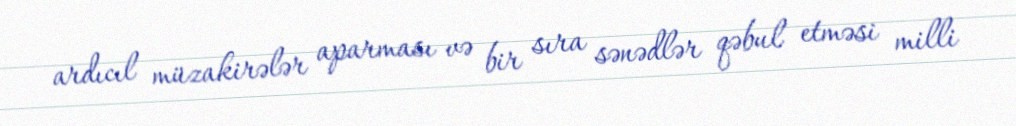
ardıcıl müzakirələr aparması və bir sıra sənədlər qəbul etməsi milli